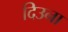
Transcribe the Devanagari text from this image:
दिउना